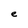
Character: e